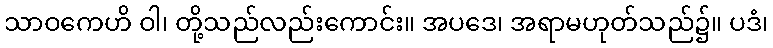
သာဝကေဟိ ဝါ၊ တို့သည်လည်းကောင်း။ အပဒေ၊ အရာမဟုတ်သည်၌။ ပဒံ၊